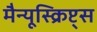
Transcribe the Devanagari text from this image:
मैन्यूस्क्रिप्ट्स